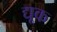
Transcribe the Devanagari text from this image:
द्यूक